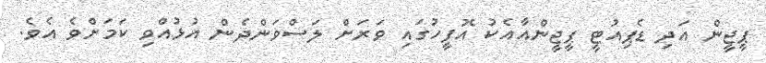
ޕީޖީން އަދި ޑެޕިއުޓީ ޕީޖީންއާއެކު އޮފީހުގައި ވަރަށް ލަސްވަންދެން އުޅުއްވި ކަމަށްވެ އެވެ.